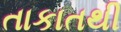
તાકાતથી